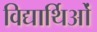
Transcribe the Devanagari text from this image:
विद्यार्थिओं